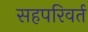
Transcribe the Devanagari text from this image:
सहपरिवर्त